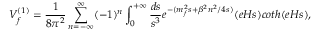
V _ { f } ^ { ( 1 ) } = \frac { 1 } { 8 \pi ^ { 2 } } \sum _ { n = - \infty } ^ { \infty } ( - 1 ) ^ { n } \int _ { 0 } ^ { + \infty } \frac { d s } { s ^ { 3 } } e ^ { - ( m _ { f } ^ { 2 } s + \beta ^ { 2 } n ^ { 2 } / 4 s ) } ( e H s ) c o t h ( e H s ) ,